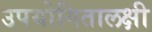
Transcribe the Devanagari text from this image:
उपयोगितालक्षी